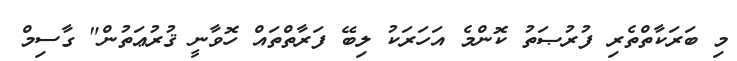
މި ބަރަކާތްތެރި ފުރުޞަތު ކޮންމެ އަހަރަކު ލިބޭ ފަރާތްތައް ހޮވާނީ ޤުރުޢަތުން" ގާސިމް